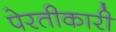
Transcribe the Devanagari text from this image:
पेरतीकारी